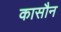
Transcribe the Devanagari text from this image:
कासौन